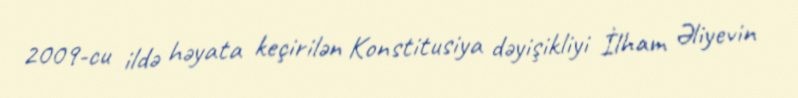
2009-cu ildə həyata keçirilən Konstitusiya dəyişikliyi İlham Əliyevin